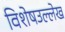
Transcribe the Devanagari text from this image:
विशेषउल्लेख